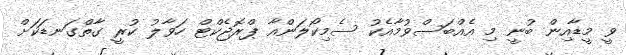
ވީ މީޑާއިން ބުނީ މި އެއްބަސްވުމާއެކު ސެމިކޯލަންއާ ޕްރޮޖެކްޓް ހަވާލު ކުރީ ގާތްގަނޑަކަށް